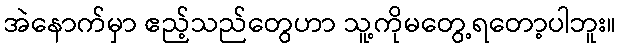
အဲနောက်မှာ ဧည့်သည်တွေဟာ သူ့ကိုမတွေ့ရတော့ပါဘူး။